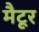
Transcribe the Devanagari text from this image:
मैटूर